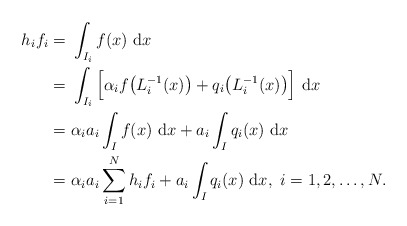
\begin{align*}h_i f_i =&~ \int_{I_i} f(x) ~\mathrm{d} x\\=&~ \int_{I_i} \Big[ \alpha_i f \big(L_i^{-1}(x)\big)+ q_i \big(L_i^{-1}(x)\big) \Big]~\mathrm{d} x\\=&~ \alpha_i a_i \int_{I} f(x)~ \mathrm{d} x + a_i \int_{I} q_i(x)~ \mathrm{d} x\\=&~ \alpha_i a_i \sum_{i=1}^N h_i f_i + a_i \int_{I} q_i(x)~ \mathrm{d} x, ~i=1,2,\dots, N.\end{align*}